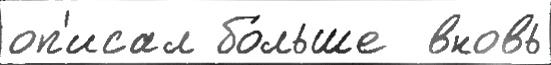
оп'исал бо́льше  вновь